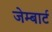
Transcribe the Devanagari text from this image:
जेम्बार्ट